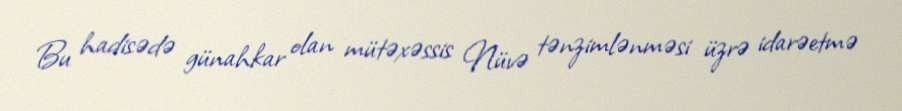
Bu hadisədə günahkar olan mütəxəssis Nüvə tənzimlənməsi üzrə idarəetmə